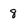
Character: 8